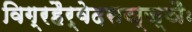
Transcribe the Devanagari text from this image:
विग्रहैर्वेदसञ्ज्ञैः